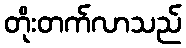
တိုးတက်လာသည်